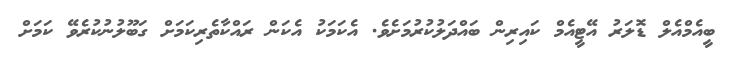
ބީއެމްއެލް ޑޮލަރު އޭޓީއެމް ކައިރިން ބައްދަލުކުރުމަށެވެ. އެކަމަކު އެކަން ރައްކާތެރިކަމަށް ގަބޫލުނުކުރެވޭ ކަމަށް